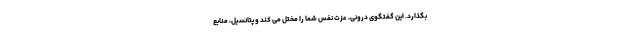
بگذارد. این گفتگوی درونی، عزت نفس شما را مختل می کند و پتانسیل، منابع